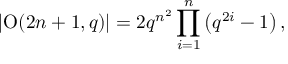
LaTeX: \left| \operatorname { O } ( 2 n + 1 , q ) \right| = 2 q ^ { n ^ { 2 } } \prod _ { i = 1 } ^ { n } \left( q ^ { 2 i } - 1 \right) ,